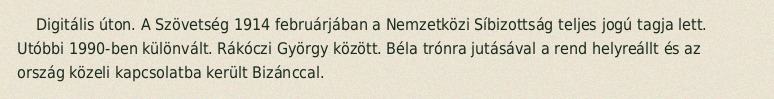
Digitális úton. A Szövetség 1914 februárjában a Nemzetközi Síbizottság teljes jogú tagja lett. Utóbbi 1990-ben különvált. Rákóczi György között. Béla trónra jutásával a rend helyreállt és az ország közeli kapcsolatba került Bizánccal.